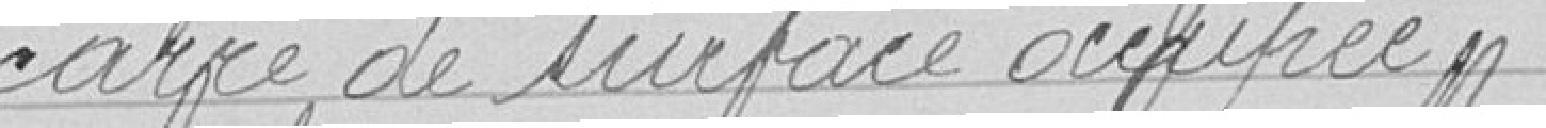
carré de surface occupée.